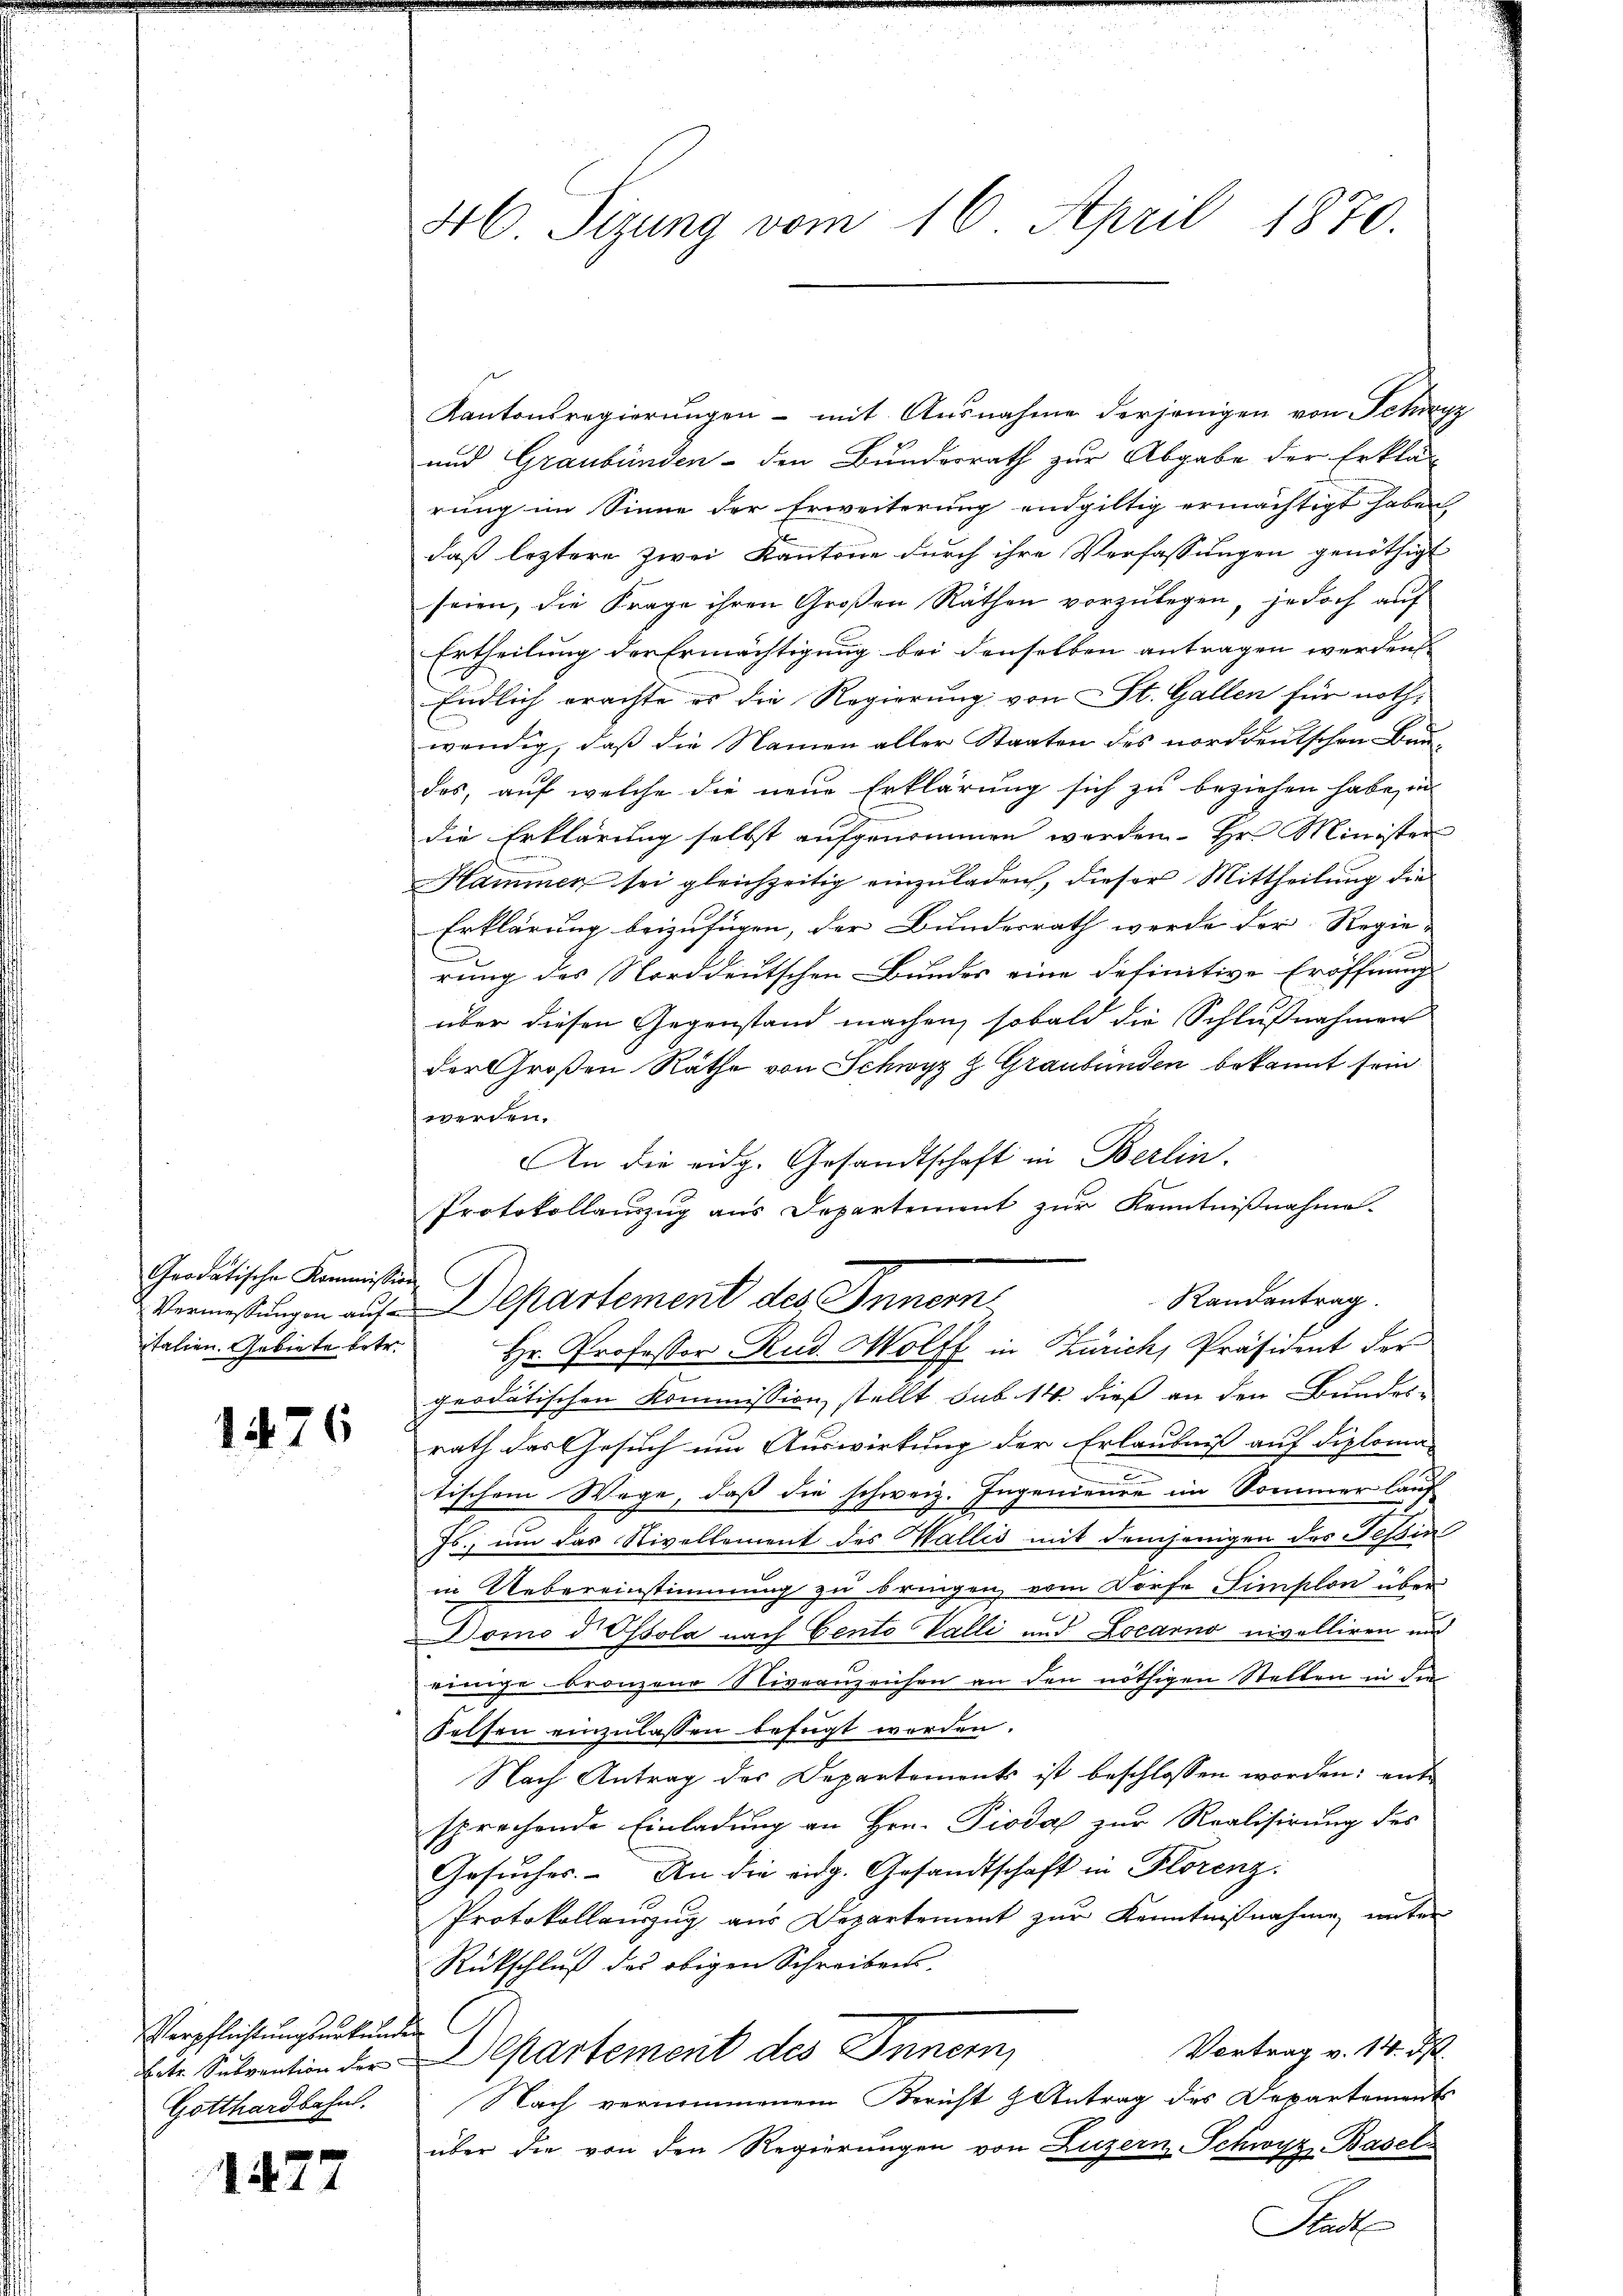
Grodatische Kommission
talien. Gebiete betr.

1476

Verpflichtungsurkunden
Gotthardbahn.

147

46 Sizung vom 16. April 1870.

Kantonsregierungen - mit Ausnahme derjenigen von Schwyz
und Graubünden - den Bundesrath zur Abgabe der Erklä-
rung im Sinne der Erweiterung endgültig ermächtigt haben
daß leztere zwei Kantone durch ihre Verfassungen genöthigt
seien, die Frage ihren Großen Räthen vorzulegen, jedoch auf
Ertheilung der Ermächtigung bei denselben antragen werden
Endlich erachte es die Regierung von St. Gallen für nothwendig, daß die Namen aller Staaten des norddeutschen Bun-
des, auf welche die neue Erklärung sich zu beziehen habe, in
die Erklärung selbst aufgenommen werden. Hr. Minister
Hammer sei gleichzeitig einzuladen, dieser Mittheilung die
Erklärung beizufügen, der Bundesrath werde der Regie-
rung des Norddeutschen Bundes eine definitive Eröffnung
über diesen Gegenstand machen, sobald die Schlußnahmen
der Großen Räthe von Schwyz z. Graubünden bekannt sein.
werden.
An die eidg. Gesandtschaft in Berlin.
Protokollauszug aus Departement zur Kenntnißnahme.
Hr. Professor Rud. Wolff in Zürich, Präsident der
geodätischen Kommission stellt sub 14. dieß an den Bundes-
2
rath das Gesuch um Auswirkung der Erlaubniß auf diploma-
.
tischem Wege, daß die schweiz. Ingenieure im Sommer lauf
Js., um das Nivellement des Wallis mit demjenigen des Teßin
in Uebereinstimmung zu bringen vom Dorfe Limplon über
Domo d. Ofsola nach Cento Valli und Locarno nivelliren und
einige Bronzene Niveauzeichen an den nöthigen Stellen in die
Felsen einzulassen befügt werden.
Nach Antrag der Departements ist beschlossen worden: entsprechende Einladung an Hrn. Pioda zur Realisirung des
Gesuches. An die eidg. Gesandtschaft in Florenz.
Protokollauszug aus Departement zur Kenntnißnahme unter
Rückschluß des obigen Schreibens-
Vortrag v. 14. d.
Eite Subvention der Departement des Innern,
Nach vernommenem Bericht & Antrag des Departements
über die von den Regierungen von Luzern Schwyz, Basel
Stadt

Vermessungen auf Departement des Innern

Randantrag.